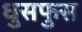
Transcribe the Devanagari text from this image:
धुसफुस